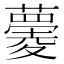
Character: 𧀧